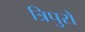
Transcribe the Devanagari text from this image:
त्रिपुरों